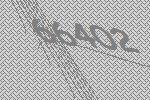
66402